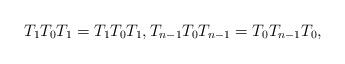
LaTeX: \begin{gather*} T_1 T_0 T_1 =T_1 T_0 T_1, T_{n-1} T_0 T_{n-1}=T_0 T_{n-1} T_0, \end{gather*}